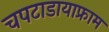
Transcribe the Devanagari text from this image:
चपटाडायाफ्राम